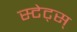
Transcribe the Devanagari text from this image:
स्टेट्स्